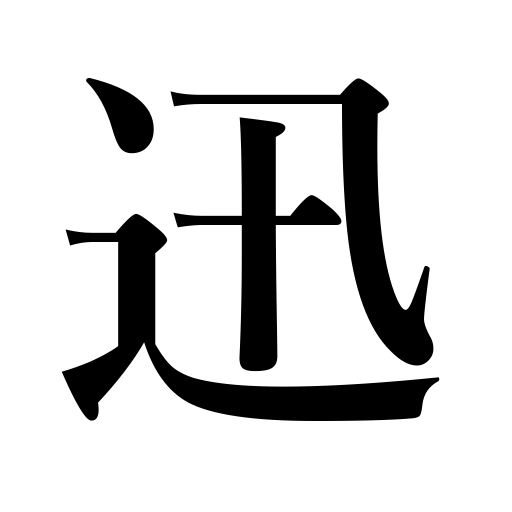
Meanings: fast